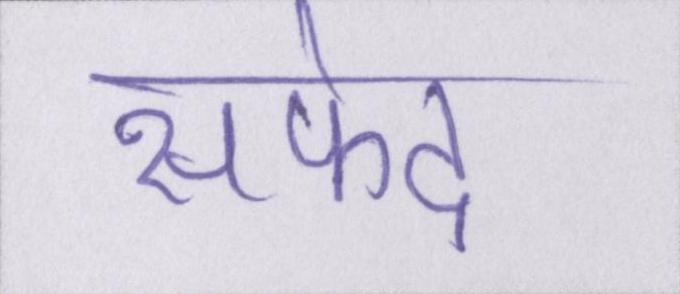
सफेद